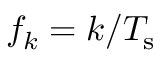
f _ { k } = k / T _ { \mathrm { s } }